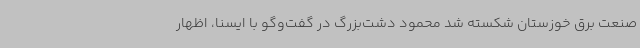
صنعت برق خوزستان شکسته شد محمود دشت‌بزرگ در گفت‌وگو با ایسنا، اظهار